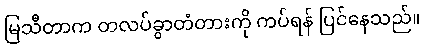
မြသီတာက တလပ်ခွာတံတားကို ကပ်ရန် ပြင်နေသည်။